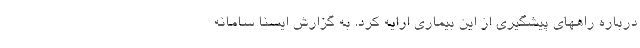
درباره راههای پیشگیری از این بیماری ارایه کرد. به گزارش ایسنا سامانه